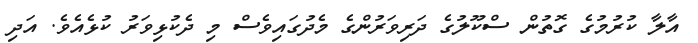
އާލާ ކުރުމުގެ ގޮތުން ސްކޫލުގެ ދަރިވަރުންގެ މެދުގައިވެސް މި ދެކުޅިވަރު ކުޅެއެވެ. އަދި